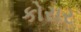
કોરાર